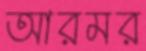
আরমর